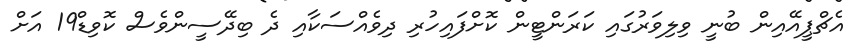
އެޗްޕީއޭއިން ބުނީ ވިލިވަރުގައި ކަރަންޓީން ކޮށްފައިހުރި ދިވެއްސަކާއި ދެ ބިދޭސީންވެސް ކޮވިޑް19 އަށް